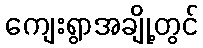
ကျေးရွာအချို့တွင်